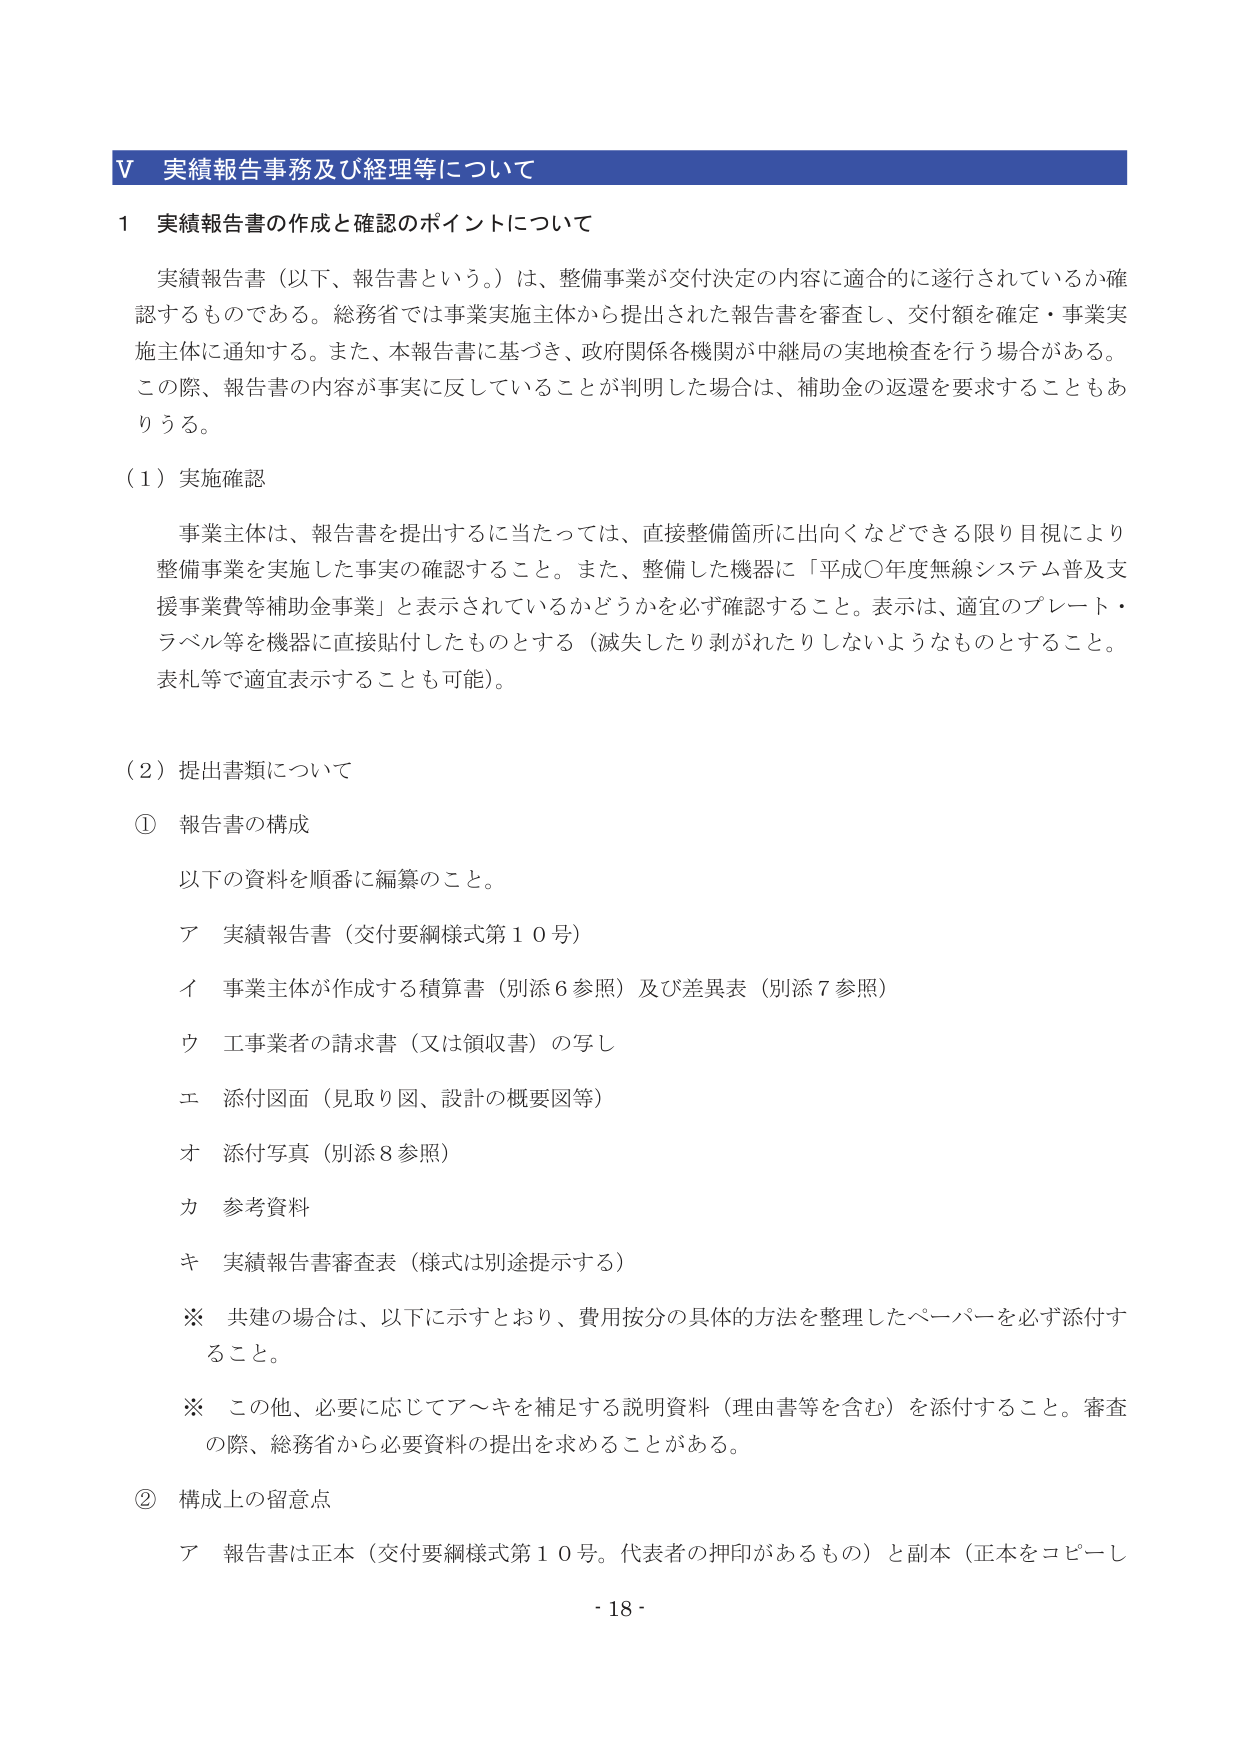
V 実績報告事務及び経理等について

1 実績報告書の作成と確認のポイントについて

実績報告書（以下、報告書という。）は、整備事業が交付決定の内容に適合的に遂行されているか確認するものである。総務省では事業実施主体から提出された報告書を審査し、交付額を確定・事業実施主体に通知する。また、本報告書に基づき、政府関係各機関が中継局の実地検査を行う場合がある。この際、報告書の内容が事実に反していることが判明した場合は、補助金の返還を要求することもありうる。

（1）実施確認

事業主体は、報告書を提出するに当たっては、直接整備箇所に出向くなどできる限り目視により整備事業を実施した事実の確認すること。また、整備した機器に「平成〇年度無線システム普及支援事業費等補助金事業」と表示されているかどうかを必ず確認すること。表示は、適宜のプレート・ラベル等を機器に直接貼付したものとする（滅失したり剥がれたりしないようなものとすること。表札等で適宜表示することも可能）。

（2）提出書類について

① 報告書の構成

以下の資料を順番に編纂のこと。

ア 実績報告書（交付要綱様式第10号）

イ 事業主体が作成する積算書（別添6参照）及び差異表（別添7参照）

ウ 工事業者の請求書（又は領収書）の写し

エ 添付図面（見取り図、設計の概要図等）

オ 添付写真（別添8参照）

カ 参考資料

キ 実績報告書審査表（様式は別途提示する）

※ 共建の場合は、以下に示すとおり、費用按分の具体的方法を整理したペーパーを必ず添付すること。

※ この他、必要に応じてア～キを補足する説明資料（理由書等を含む）を添付すること。審査の際、総務省から必要資料の提出を求めることがある。

② 構成上の留意点

ア 報告書は正本（交付要綱様式第10号。代表者の押印があるもの）と副本（正本をコピーし

- 18 -